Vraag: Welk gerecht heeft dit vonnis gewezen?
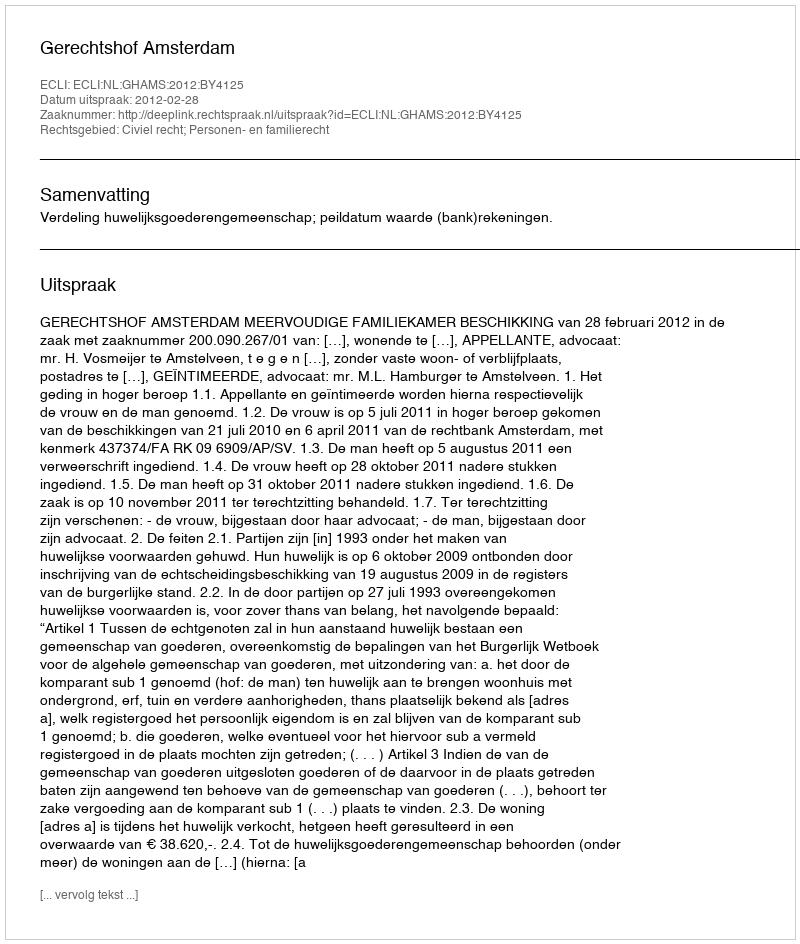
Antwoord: Gerechtshof Amsterdam